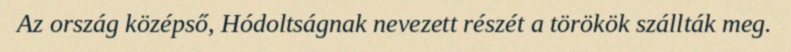
Az ország középső, Hódoltságnak nevezett részét a törökök szállták meg.